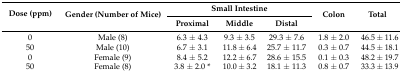
<table><thead><tr><td rowspan="2"><b>Dose (ppm)</b></td><td rowspan="2"><b>Gender (Number of Mice)</b></td><td colspan="3"><b>Small Intestine</b></td><td rowspan="2"><b>Colon</b></td><td rowspan="2"><b>Total</b></td></tr><tr><td><b>Proximal</b></td><td><b>Middle</b></td><td><b>Distal</b></td></tr></thead><tbody><tr><td>0</td><td>Male (8)</td><td>6.3 ± 4.3</td><td>9.3 ± 3.5</td><td>29.3 ± 7.6</td><td>1.8 ± 2.0</td><td>46.5 ± 11.6</td></tr><tr><td>50</td><td>Male (10)</td><td>6.7 ± 3.1</td><td>11.8 ± 6.4</td><td>25.7 ± 11.7</td><td>0.3 ± 0.7</td><td>44.5 ± 18.1</td></tr><tr><td>0</td><td>Female (9)</td><td>8.4 ± 5.2</td><td>12.2 ± 6.7</td><td>28.6 ± 15.5</td><td>0.1 ± 0.3</td><td>48.2 ± 19.7</td></tr><tr><td>50</td><td>Female (8)</td><td>3.8 ± 2.0 *</td><td>10.0 ± 3.2</td><td>18.1 ± 11.3</td><td>0.8 ± 0.7</td><td>33.3 ± 13.9</td></tr></tbody></table>